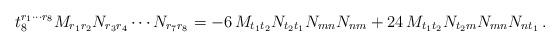
LaTeX: \begin{align*}t_8^{r_1\cdots r_8} M_{r_1r_2} N_{r_3r_4}\cdots N_{r_7r_8}= -6\, M_{t_1t_2} N_{t_2t_1} N_{mn}N_{nm} + 24\,M_{t_1t_2} N_{t_2m} N_{mn} N_{nt_1}\, .\end{align*}